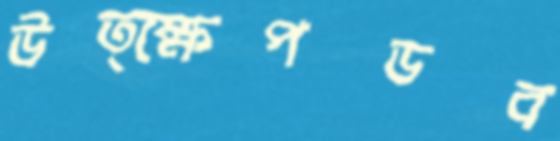
উত্ক্ষেপডব